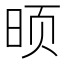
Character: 𮲟